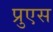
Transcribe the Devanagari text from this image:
प्रुएस